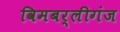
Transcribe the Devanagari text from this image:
विमबर्लीगंज